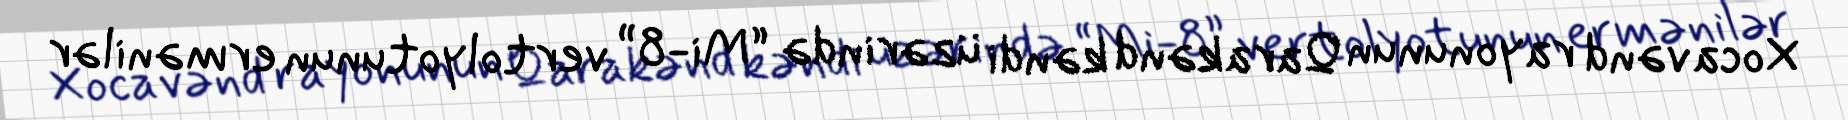
Xocavənd rayonunun Qarakənd kəndi üzərində “Mi-8” vertolyotunun ermənilər